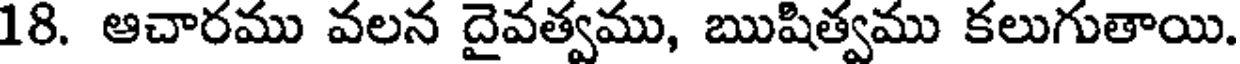
18. ఆచారము వలన దైవత్వము, ఋషిత్వము కలుగుతాయి.